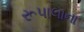
રૂપાલાના